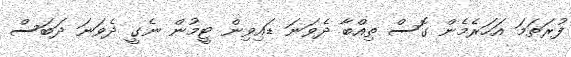
ފުރަތަމަ އަހަރެމެން ގޮސް ތިއްބާ ދެވަނަ ޑައިވިން ޓީމުން ނެގީ ދެވަނަ ދަބަސް